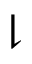
\downharpoonright